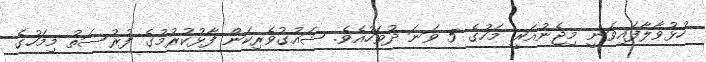
ހުޅުވާލާފައިވަނީ މިޖެނުއަރީ މަހުގެ 5 ވަނަ ދުވަހުއެވެ. ޝައުގުވެރިކަން ފާޅުކުރުމުގެ ފުރުސަތު މިމަހުގެ